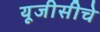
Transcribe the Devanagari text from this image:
यूजीसीचे